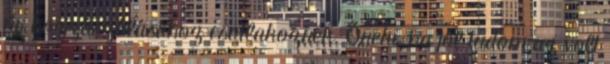
úr hozzászólásához csatlakoznék. Őneki, ha jól tudom az volt